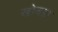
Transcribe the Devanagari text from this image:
खोवडा